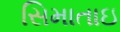
સિમાતાઇ